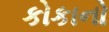
કોકાનો